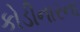
કોડીનારના